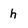
Character: h